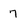
Character: 7